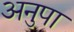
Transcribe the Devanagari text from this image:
अनुपा